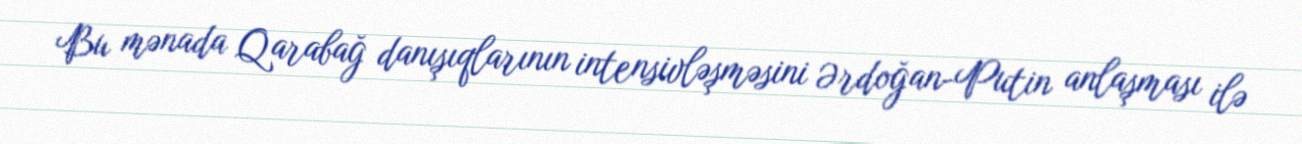
Bu mənada Qarabağ danışıqlarının intensivləşməsini Ərdoğan-Putin anlaşması ilə